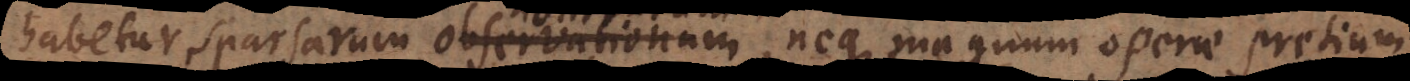
habetur sparsarum observationum,, neque magnum operae pretium